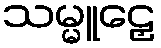
သမ္မူဠှေ